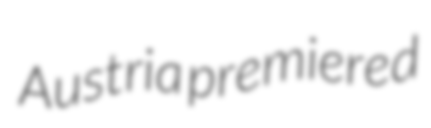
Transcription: Austria premiered